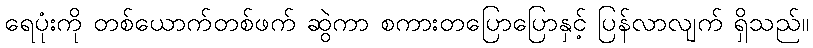
ရေပုံးကို တစ်ယောက်တစ်ဖက် ဆွဲကာ စကားတပြောပြောနှင့် ပြန်လာလျက် ရှိသည်။